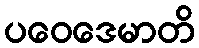
ပဝေဒေမာတိ